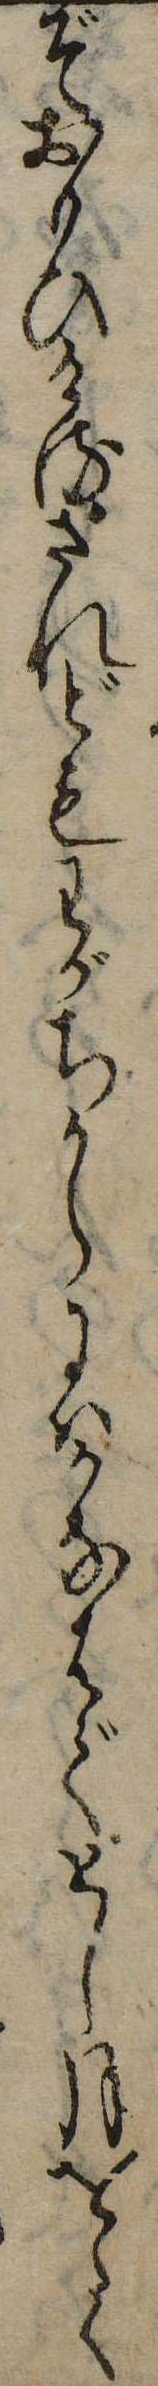
ぞおもひけるされどもわがちからにはかなはでとし月をゝく